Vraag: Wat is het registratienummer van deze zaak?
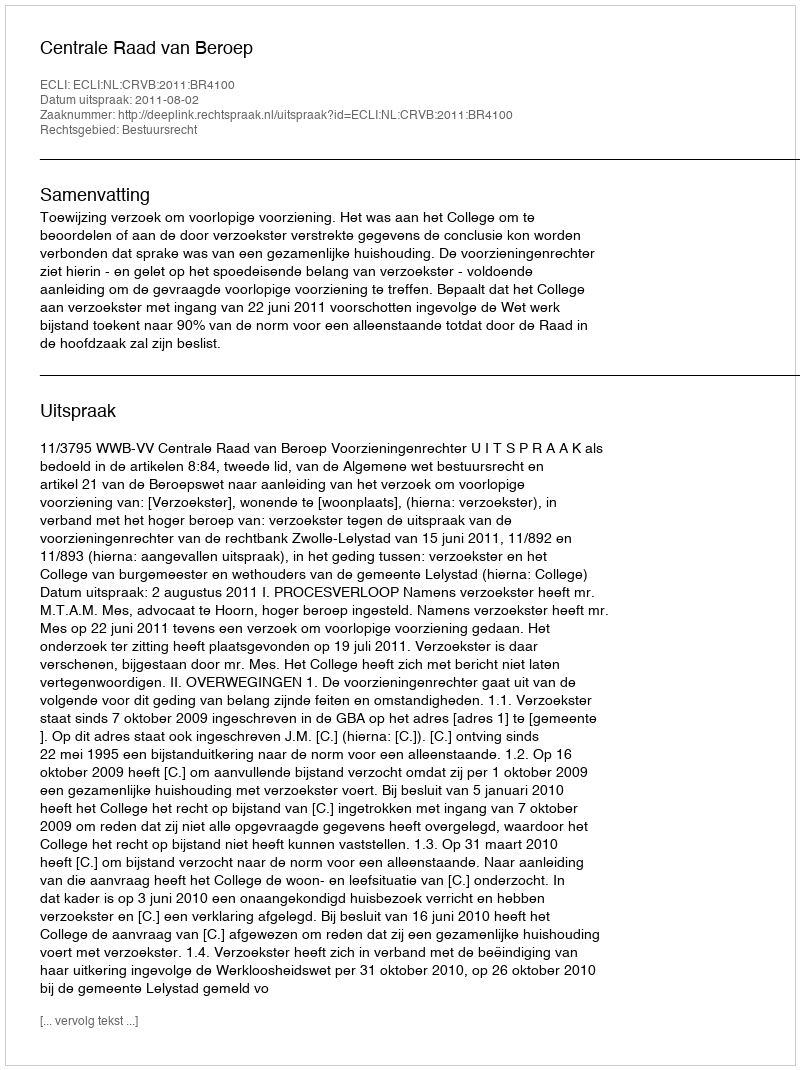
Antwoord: http://deeplink.rechtspraak.nl/uitspraak?id=ECLI:NL:CRVB:2011:BR4100